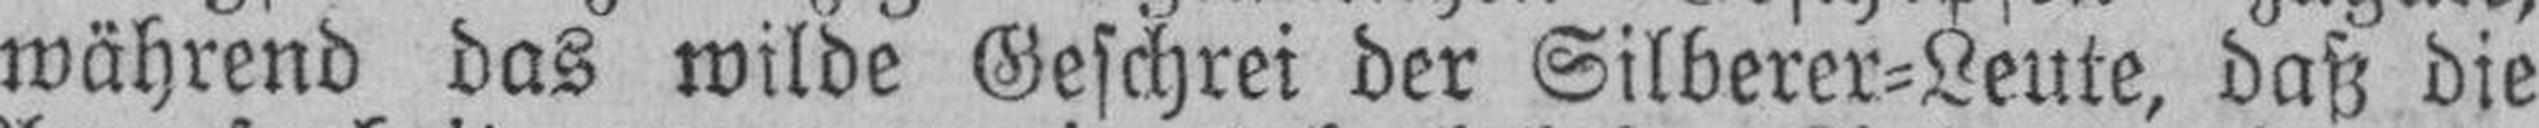
während das wilde Geschrei der Silberer=Leute, daß die